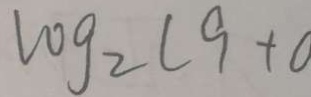
V 0 g _ { 2 } L 9 + 0